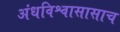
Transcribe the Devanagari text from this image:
अंधविश्वासासाच